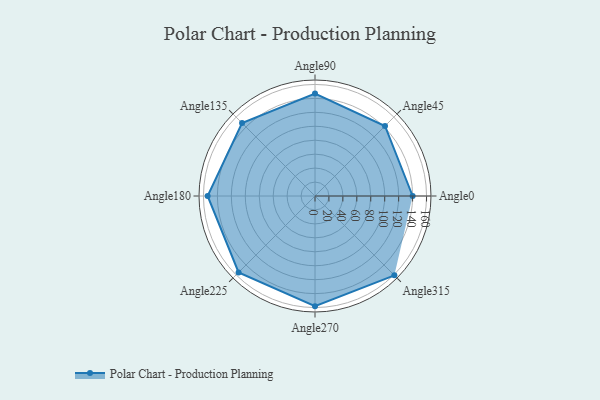
{"axis": {"x": "Angle", "y": "Radius"}, "legend": [""], "data": [{"x": "Angle0", "y": 140.0, "type": ""}, {"x": "Angle45", "y": 142.0, "type": ""}, {"x": "Angle90", "y": 147.0, "type": ""}, {"x": "Angle135", "y": 148.0, "type": ""}, {"x": "Angle180", "y": 154.0, "type": ""}, {"x": "Angle225", "y": 155.0, "type": ""}, {"x": "Angle270", "y": 158.0, "type": ""}, {"x": "Angle315", "y": 161.0, "type": ""}]}